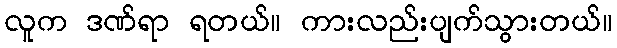
လူက ဒဏ်ရာ ရတယ်။ ကားလည်းပျက်သွားတယ်။